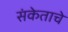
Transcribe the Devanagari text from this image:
संकेताचे